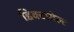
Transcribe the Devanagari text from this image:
डिक्टाबेल्ट